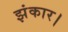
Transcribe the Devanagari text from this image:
झंकार।